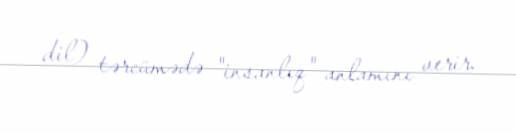
dil) tərcümədə "insanlıq" anlamını verir.